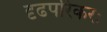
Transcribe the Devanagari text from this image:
दृढपरिकरः